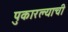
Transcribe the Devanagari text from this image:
पुकारल्याची